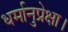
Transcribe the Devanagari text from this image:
धर्मानुप्रेक्षा।